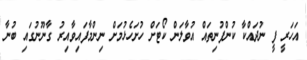
އަހަރީ ފީ ނުދައްކާ ކުންފުނިތައް އުވާލަން ކޯޓަށް ހުށަހެޅުމަށް ނިންމާފައިވާއިރު ގާނޫނުގައި ބުނާ